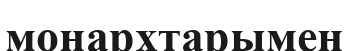
монархтарымен